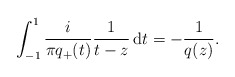
\begin{align*}\int^1_{-1}\frac{i}{\pi q_+(t)}\frac{1}{t-z}\, \mathrm dt=-\frac{1}{q(z)}.\end{align*}